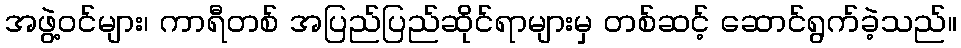
အဖွဲ့ဝင်များ၊ ကာရီတစ် အပြည်ပြည်ဆိုင်ရာများမှ တစ်ဆင့် ဆောင်ရွက်ခဲ့သည်။